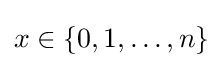
x\in \lbrace 0,1,\ldots ,n\rbrace